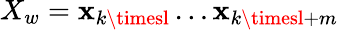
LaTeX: X_{w}=\mathbf{x}_{k\timesl}\dots\mathbf{x}_{k\timesl+m}